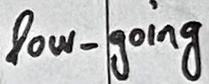
Text: low_going